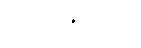
သူ့ကို မကြိုက်။